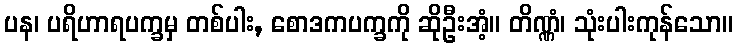
ပန၊ ပရိဟာရပက္ခမှ တစ်ပါး, စောဒကပက္ခကို ဆိုဦးအံ့။ တိဏ္ဏံ၊ သုံးပါးကုန်သော။